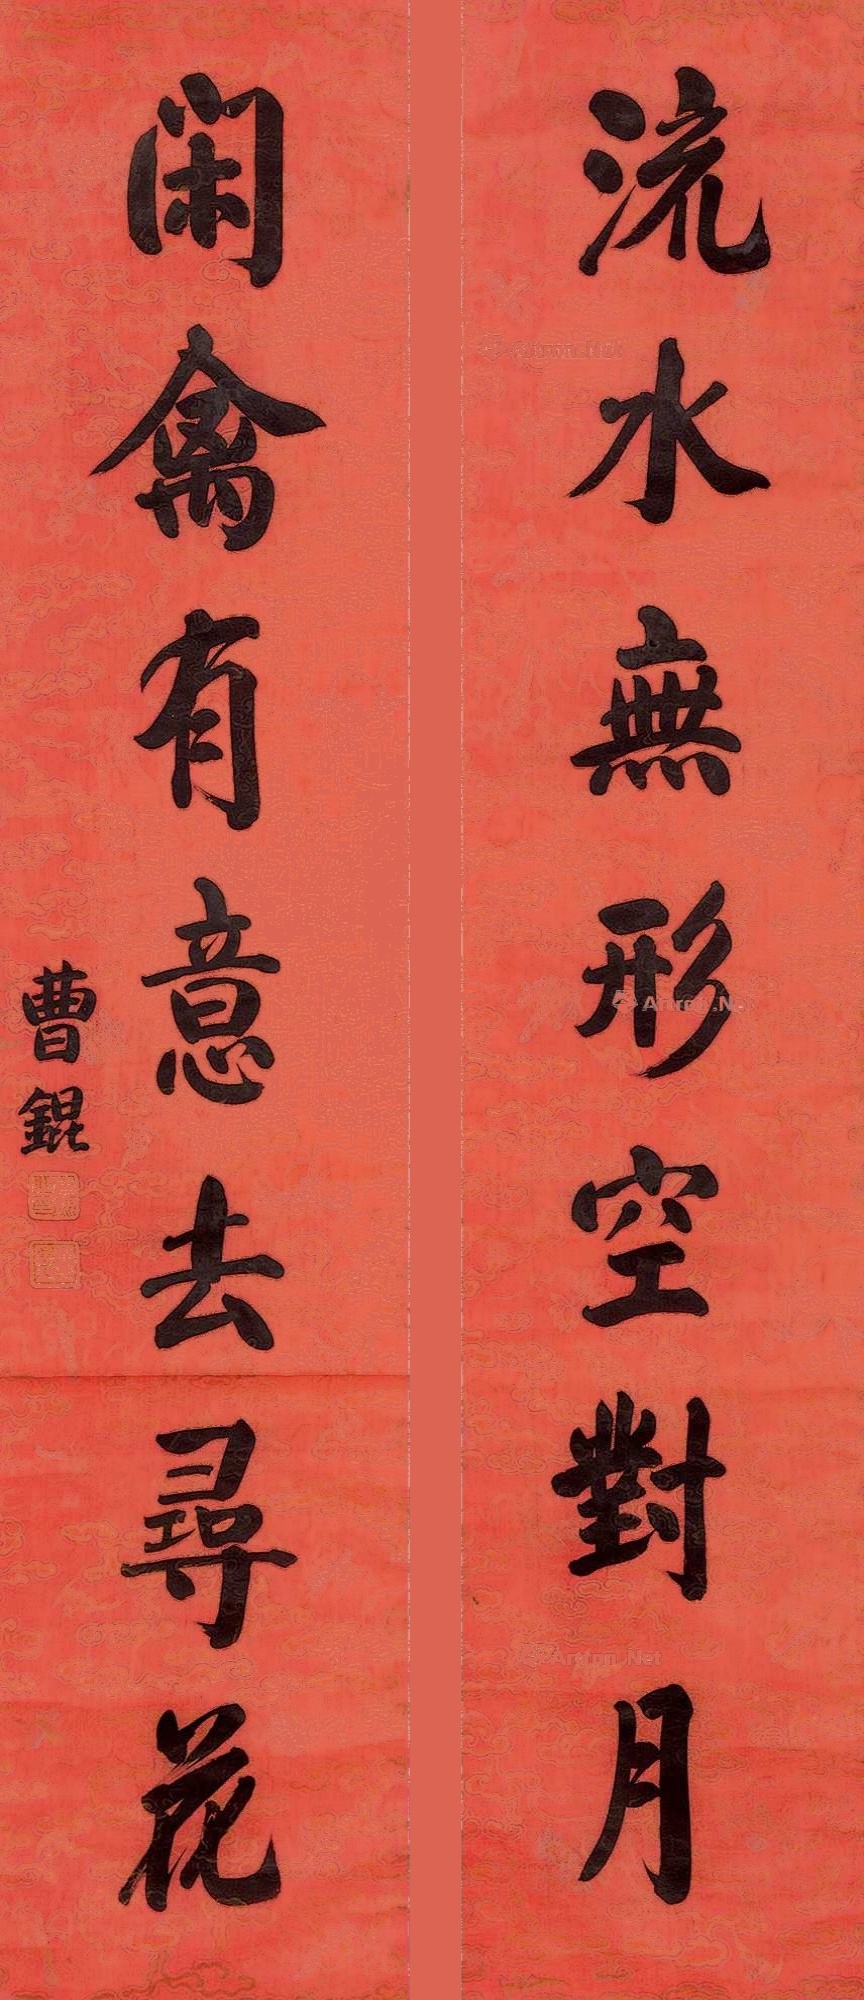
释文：流水无形空对月，闲禽有意去寻花。曹锟。